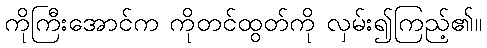
ကိုကြီးအောင်က ကိုတင်ထွတ်ကို လှမ်း၍ကြည့်၏။